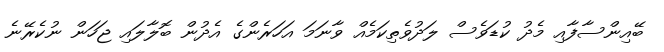
ބޭއިންސާފާއި މެދު ކުޑަވެސް ލަދުވެތިކަމެއް ވާނަމަ އަހަރެންގެ އެދުން ބޮލާލައި ޖަހަން ނުކެރޭނެ